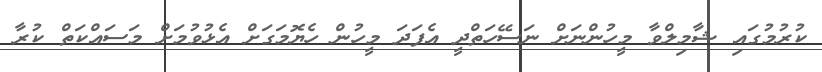
ކުރުމުގައި ޝާމިލްވާ މީހުންނަށް ނަސޭހަތްދީ އެފަދަ މީހުން ހެޔޮމަގަށް އެޅުވުމަށް މަސައްކަތް ކުރާ